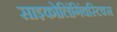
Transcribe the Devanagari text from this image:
साइकोलिंगिंवस्टिक्स